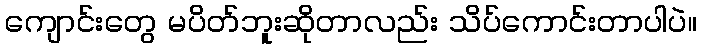
ကျောင်းတွေ မပိတ်ဘူးဆိုတာလည်း သိပ်ကောင်းတာပါပဲ။